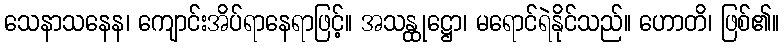
သေနာသနေန၊ ကျောင်းအိပ်ရာနေရာဖြင့်။ အသန္ထုဋ္ဌော၊ မရောင်ရဲနိုင်သည်။ ဟောတိ၊ ဖြစ်၏။